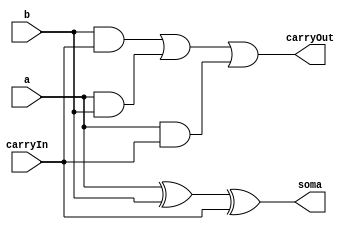
// ---------------
// Exemplo0032 - SOMADOR ALGBRICO COM ZERO FLAG
// Nome: Josemar Alves Caetano
// Matrcula: 448662
// Data: 06/09/2012
// ----------------

// ----------------
// Soma Completa
// ----------------
module somaCompleta(output soma, output carryOut, input a, input b, input carryIn);

//Definio dos fios
wire s0, s1, s2, s3;

//Definio do circuito
xor xor1(s0, a, b);
xor xor2(soma, s0, carryIn);
and and1(s1, b, carryIn);
and and2(s2, a, b);
and and3(s3, a, carryIn);
or or1(carryOut, s1, s2, s3);

endmodule //somaCompleta

// ----------------
// ALU 01
// ----------------
module alu01(output [2:0]saida, input [1:0]a, input [1:0]b, input operacao);

//Definio dos fios do circuito
wire s0, s1, carrySC01;

//Definio da ALU
xor xor1(s0, operacao, b[0]);
xor xor2(s1, operacao, b[1]);
somaCompleta sc01(saida[0], carrySC01, a[0], s0, operacao);
somaCompleta sc02(saida[1], saida[2], a[1], s1, carrySC01);

endmodule //alu01

// ----------------
// Zero Flag
// ----------------
module zeroFlag(output zero, input [2:0]a);

//Definio dos fios do subcircuito
wire s0;

// Definio da ALU
or or1(s0, a[2], a[1], a[0]);
not not1(zero, s0);

endmodule //zeroFlag

// ----------------
// ALU 02
// ----------------

module alu02(output [3:0]saida, input [1:0]a, input [1:0]b, input carryIn);

//Realiza a operao de soma ou subtrao
alu01 a1(saida[2:0], a, b, carryIn);

//Verifica se h o flag ZERO
zeroFlag zf(saida[3], saida[2:0]);

endmodule //alu02


// ----------------
// test alu02
// ----------------
module test_alu02;

// ---------------- Definio de dados
reg [1:0] x;
reg [1:0] y;
reg carryIn;
wire [3:0]s;

// ----------------- Intncia
 alu02 alu(s, x, y, carryIn);

// ------------------ Preparao
 initial begin: start
  x = 2'b00; y = 2'b00;
  carryIn = 1'b0;
 end //start

// ------------------- Parte principal
 initial begin: main
   $display("Exemplo0032 - Josemar Alves Caetano - 448662.");
   $display("Test ALU's Somador algbrico:\n");

  #1 $display("Teste da operao: Adio\n");
     $display("Flags:\t\tZero");
     $display("%b + %b = %b \t%b", x, y, s[2:0], s[3]);
     x = 2'b01; y = 2'b10;
  #1 $display("%b + %b = %b \t%b", x, y, s[2:0], s[3]);
     x = 2'b10; y = 2'b11;
  #1 $display("%b + %b = %b \t%b", x, y, s[2:0], s[3]);
     x = 2'b11; y = 2'b00;
  #1 $display("%b + %b = %b \t%b", x, y, s[2:0], s[3]);
     carryIn = 1'b1;
     x = 2'b11; y = 2'b01;

  #1 $display("\nTeste da operao: Subtrao\n");
     $display("Flags:\t\tZero");
     $display("%b - %b = %b \t%b", x, y, s[2:0], s[3]);
     x = 2'b10; y = 2'b00;
  #1 $display("%b - %b = %b \t%b", x, y, s[2:0], s[3]);
     x = 2'b01; y = 2'b10;
  #1 $display("%b - %b = %b \t%b", x, y, s[2:0], s[3]);
     x = 2'b11; y = 2'b11;
  #1 $display("%b - %b = %b \t%b", x, y, s[2:0], s[3]);

 end //begin
 
endmodule //test_alu02